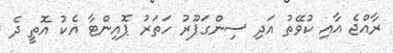
ރާއްޖެ އާއި ކުވޭތު އަދި ސިންގަޕޫރު ހަތަރު ޕޮއިންޓާ އެކު އޮތީ ދެ